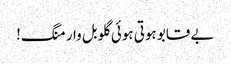
بے قابو ہوتی ہوئی گلوبل وارمنگ!